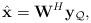
LaTeX: \begin{align*}\hat{\mathbf{x}}=\mathbf{W}^H\mathbf{y}_{\mathcal{Q}},\end{align*}